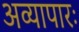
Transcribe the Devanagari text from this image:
अव्यापारः